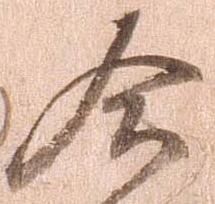
合